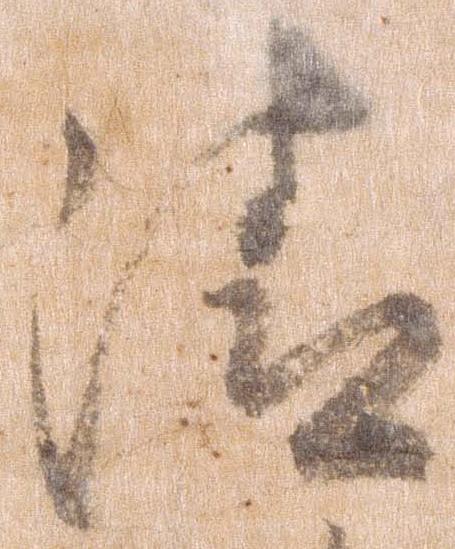
清